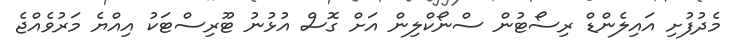
މެދުފުށި އައިލެންޑް ރިސޯޓުން ސްނޯކްލިން އަށް ގޮސް އުޅުނު ޓޫރިސްޓަކު އިއްޔެ މަރުވެއްޖެ